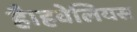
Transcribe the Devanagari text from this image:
है।हवेलियस